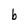
Character: b